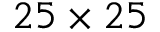
2 5 \times 2 5